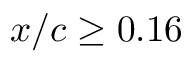
x / c \geq 0 . 1 6